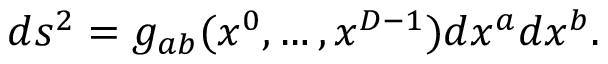
d s ^ { 2 } = g _ { a b } ( x ^ { 0 } , \ldots , x ^ { D - 1 } ) d x ^ { a } d x ^ { b } .